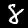
Label: 8